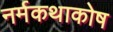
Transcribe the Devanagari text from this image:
नर्मकथाकोष